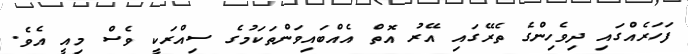
ފަހަރެއްގައި ދިވެހިންގެ ތެރޭގައި އޭރު އޮތް އެއްބައިވަންތަކަމުގެ ސިއްރަކީ ވެސް މިއީ އެވެ.